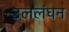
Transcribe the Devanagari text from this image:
उललंघन